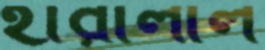
হীরালাল